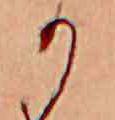
か